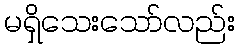
မရှိသေးသော်လည်း